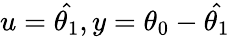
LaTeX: u=\hat{\theta_{1}},y=\theta_{0}-\hat{\theta_{1}}